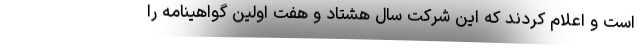
است و اعلام کردند که این شرکت سال هشتاد و هفت اولین گواهینامه را